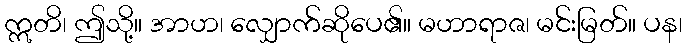
ဣတိ၊ ဤသို့။ အာဟ၊ လျှောက်ဆိုပေ၏။ မဟာရာဇ၊ မင်းမြတ်။ ပန၊